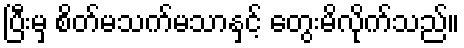
ပြီးမှ စိတ်မသက်မသာနှင့် တွေးမိလိုက်သည်။